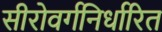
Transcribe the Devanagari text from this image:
सीरोवर्गनिर्धारित